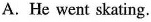
A.He went skating.